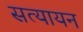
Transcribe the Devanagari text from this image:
सत्यायन